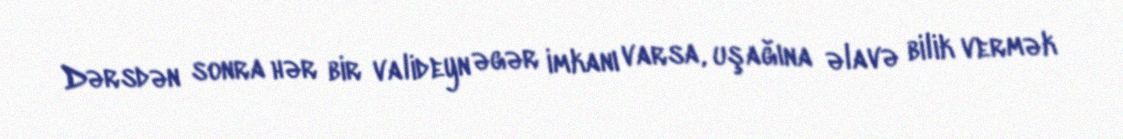
Dərsdən sonra hər bir valideyn əgər imkanı varsa, uşağına əlavə bilik vermək